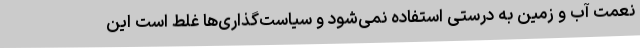
نعمت آب و زمین به درستی استفاده نمی‌شود و سیاست‌گذاری‌ها غلط است این